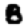
Digit: 8